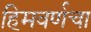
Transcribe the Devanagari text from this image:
हिमवर्णचा